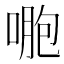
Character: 𠷤